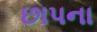
છાપના